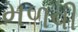
મળવી